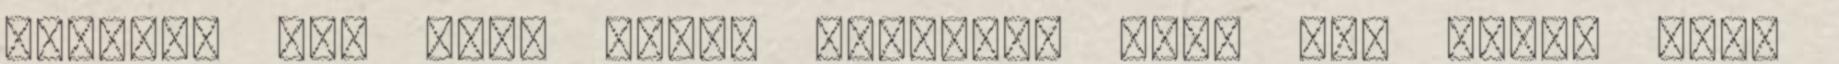
mikulás Én: "Nem csoda kisfiam, hogy nem tudsz szép